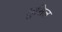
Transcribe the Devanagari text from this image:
लुसिल